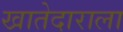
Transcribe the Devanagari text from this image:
खातेदाराला